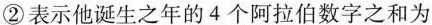
②表示他诞生之年的4个阿拉伯数字之和为